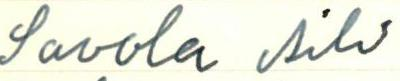
Savola Aili